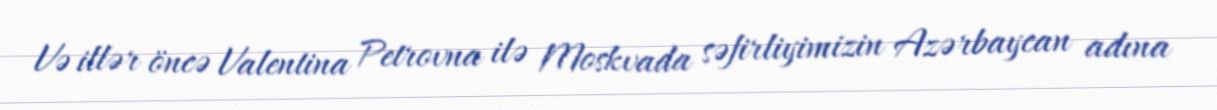
Və illər öncə Valentina Petrovna ilə Moskvada səfirliyimizin Azərbaycan adına